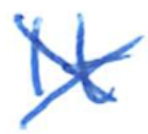
Text: It
Cross-out: cross
Writing tool: ballpoint